Vaccination in Bombay 1863-1868 - 1863-1868
Year: 1863
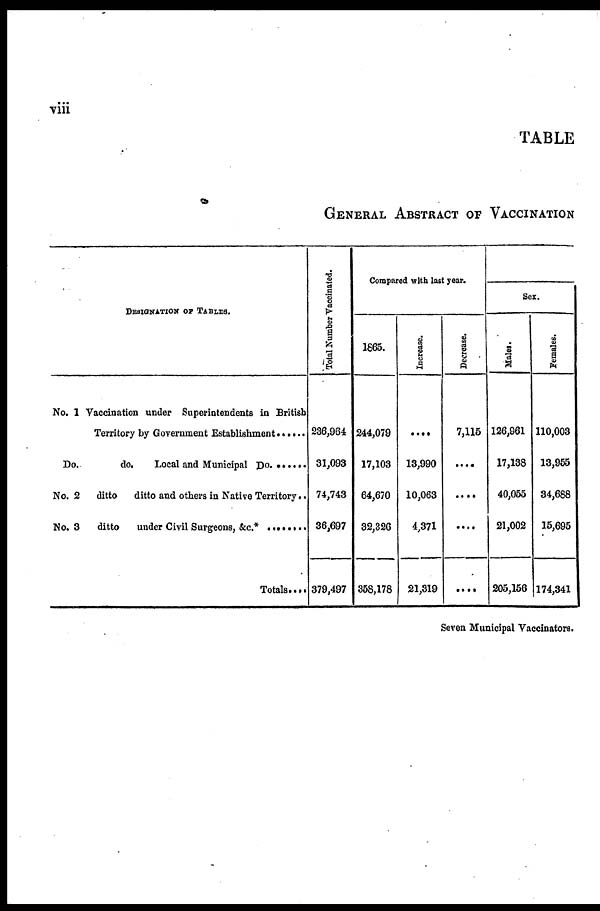
viii
TABLE
GENERAL ABSTRACT OF VACCINATION
DESIGNATION OF TABLES.
No. 1 Vaccination under Superintendents in British
Territory by Government Establishment . . . . . . .
Do. do. Local and Municipal Do. . . . . . .
No. 2
ditto
ditto and others in Native Territory ..
No. 3
ditto
under Civil Surgeons, &c*
Totals....
Total Number Vaccinated.
236,964
31,093
74,743
36,697
379,497
Compared with last year.
1865.
244,079
17,103
64,670
32,326
358,178
Increase.
....
13,990
10,063
4,371
21,819
Decrease.
7,115
....
....
....
....
Sex.
Males.
126,961
17,138
40,055
21,002
205,156
Females.
110,003
13,955
34,688
15,695
174,341
Seven Municipal Vaccinators.